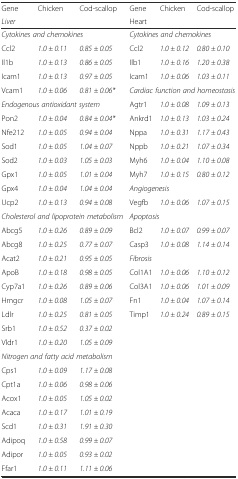
<table><thead><tr><td><b>Gene</b></td><td><b>Chicken</b></td><td><b>Cod-scallop</b></td><td><b>Gene</b></td><td><b>Chicken</b></td><td><b>Cod-scallop</b></td></tr><tr><td colspan="3"><b><i>Liver</i></b></td><td colspan="3"><b>Heart</b></td></tr></thead><tbody><tr><td colspan="3"><i>Cytokines and chemokines</i></td><td colspan="3"><i>Cytokines and chemokines</i></td></tr><tr><td>Ccl2</td><td><i>1.0 ± 0.11</i></td><td><i>0.85 ± 0.05</i></td><td>Ccl2</td><td><i>1.0 ± 0.12</i></td><td><i>0.80 ± 0.10</i></td></tr><tr><td>Il1b</td><td><i>1.0 ± 0.13</i></td><td><i>0.86 ± 0.05</i></td><td>Ilb1</td><td><i>1.0 ± 0.16</i></td><td><i>1.20 ± 0.38</i></td></tr><tr><td>Icam1</td><td><i>1.0 ± 0.13</i></td><td><i>0.97 ± 0.05</i></td><td>Icam1</td><td><i>1.0 ± 0.06</i></td><td><i>1.03 ± 0.11</i></td></tr><tr><td>Vcam1</td><td><i>1.0 ± 0.06</i></td><td><i>0.81 ± 0.06*</i></td><td colspan="3"><i>Cardiac function and homeostasis</i></td></tr><tr><td colspan="3"><i>Endogenous antioxidant system</i></td><td>Agtr1</td><td><i>1.0 ± 0.08</i></td><td><i>1.09 ± 0.13</i></td></tr><tr><td>Pon2</td><td><i>1.0 ± 0.04</i></td><td><i>0.84 ± 0.04*</i></td><td>Ankrd1</td><td><i>1.0 ± 0.13</i></td><td><i>1.03 ± 0.24</i></td></tr><tr><td>Nfe212</td><td><i>1.0 ± 0.05</i></td><td><i>0.94 ± 0.04</i></td><td>Nppa</td><td><i>1.0 ± 0.31</i></td><td><i>1.17 ± 0.43</i></td></tr><tr><td>Sod1</td><td><i>1.0 ± 0.05</i></td><td><i>1.04 ± 0.07</i></td><td>Nppb</td><td><i>1.0 ± 0.21</i></td><td><i>1.07 ± 0.34</i></td></tr><tr><td>Sod2</td><td><i>1.0 ± 0.03</i></td><td><i>1.05 ± 0.03</i></td><td>Myh6</td><td><i>1.0 ± 0.04</i></td><td><i>1.10 ± 0.08</i></td></tr><tr><td>Gpx1</td><td><i>1.0 ± 0.05</i></td><td><i>1.01 ± 0.04</i></td><td>Myh7</td><td><i>1.0 ± 0.15</i></td><td><i>0.80 ± 0.12</i></td></tr><tr><td>Gpx4</td><td><i>1.0 ± 0.04</i></td><td><i>1.04 ± 0.04</i></td><td colspan="3"><i>Angiogenesis</i></td></tr><tr><td>Ucp2</td><td><i>1.0 ± 0.13</i></td><td><i>0.94 ± 0.08</i></td><td>Vegfb</td><td><i>1.0 ± 0.06</i></td><td><i>1.07 ± 0.15</i></td></tr><tr><td colspan="3"><i>Cholesterol and lipoprotein metabolism</i></td><td colspan="3"><i>Apoptosis</i></td></tr><tr><td>Abcg5</td><td><i>1.0 ± 0.26</i></td><td><i>0.89 ± 0.09</i></td><td>Bcl2</td><td><i>1.0 ± 0.07</i></td><td><i>0.99 ± 0.07</i></td></tr><tr><td>Abcg8</td><td><i>1.0 ± 0.25</i></td><td><i>0.77 ± 0.07</i></td><td>Casp3</td><td><i>1.0 ± 0.08</i></td><td><i>1.14 ± 0.14</i></td></tr><tr><td>Acat2</td><td><i>1.0 ± 0.21</i></td><td><i>0.95 ± 0.05</i></td><td colspan="3"><i>Fibrosis</i></td></tr><tr><td>ApoB</td><td><i>1.0 ± 0.18</i></td><td><i>0.98 ± 0.05</i></td><td>Col1A1</td><td><i>1.0 ± 0.06</i></td><td><i>1.10 ± 0.12</i></td></tr><tr><td>Cyp7a1</td><td><i>1.0 ± 0.26</i></td><td><i>0.89 ± 0.06</i></td><td>Col3A1</td><td><i>1.0 ± 0.06</i></td><td><i>1.01 ± 0.09</i></td></tr><tr><td>Hmgcr</td><td><i>1.0 ± 0.08</i></td><td><i>1.05 ± 0.07</i></td><td>Fn1</td><td><i>1.0 ± 0.04</i></td><td><i>1.07 ± 0.14</i></td></tr><tr><td>Ldlr</td><td><i>1.0 ± 0.25</i></td><td><i>0.81 ± 0.05</i></td><td>Timp1</td><td><i>1.0 ± 0.24</i></td><td><i>0.89 ± 0.15</i></td></tr><tr><td>Srb1</td><td><i>1.0 ± 0.52</i></td><td><i>0.37 ± 0.02</i></td><td></td><td></td><td></td></tr><tr><td>Vldr1</td><td><i>1.0 ± 0.20</i></td><td><i>1.05 ± 0.09</i></td><td></td><td></td><td></td></tr><tr><td colspan="3"><i>Nitrogen and fatty acid metabolism</i></td><td></td><td></td><td></td></tr><tr><td>Cps1</td><td><i>1.0 ± 0.09</i></td><td><i>1.17 ± 0.08</i></td><td></td><td></td><td></td></tr><tr><td>Cpt1a</td><td><i>1.0 ± 0.06</i></td><td><i>0.98 ± 0.06</i></td><td></td><td></td><td></td></tr><tr><td>Acox1</td><td><i>1.0 ± 0.05</i></td><td><i>1.05 ± 0.02</i></td><td></td><td></td><td></td></tr><tr><td>Acaca</td><td><i>1.0 ± 0.17</i></td><td><i>1.01 ± 0.19</i></td><td></td><td></td><td></td></tr><tr><td>Scd1</td><td><i>1.0 ± 0.31</i></td><td><i>1.91 ± 0.30</i></td><td></td><td></td><td></td></tr><tr><td>Adipoq</td><td><i>1.0 ± 0.58</i></td><td><i>0.99 ± 0.07</i></td><td></td><td></td><td></td></tr><tr><td>Adipor</td><td><i>1.0 ± 0.05</i></td><td><i>0.93 ± 0.02</i></td><td></td><td></td><td></td></tr><tr><td>Ffar1</td><td><i>1.0 ± 0.11</i></td><td><i>1.11 ± 0.06</i></td><td></td><td></td><td></td></tr></tbody></table>